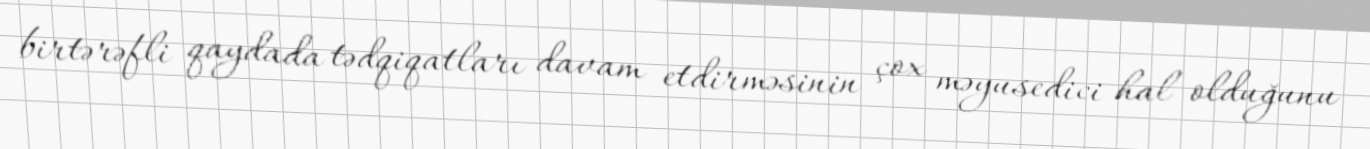
birtərəfli qaydada tədqiqatları davam etdirməsinin çox məyusedici hal olduğunu